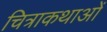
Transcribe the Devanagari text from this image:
चित्राकथाओं